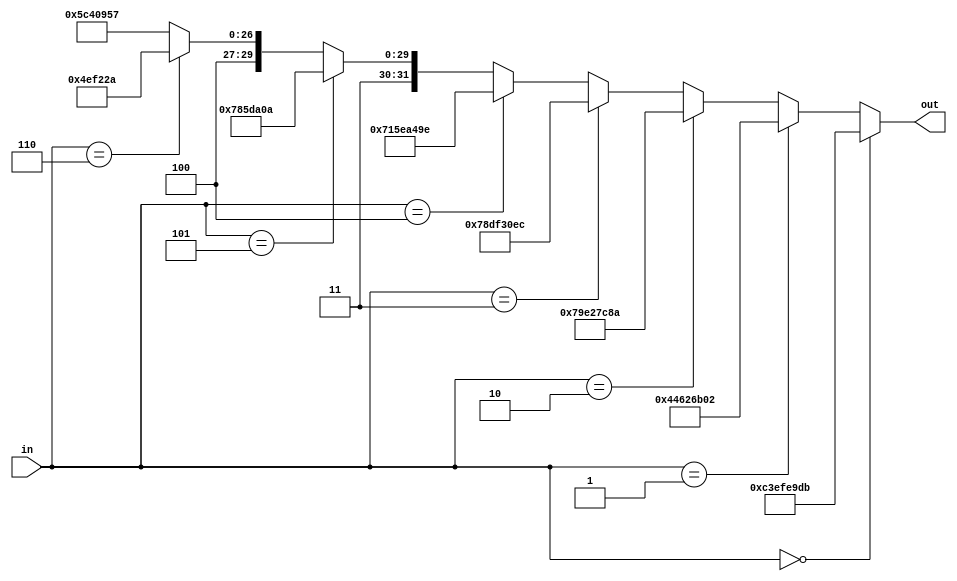
module paramas(
	output wire [31: 0] out,
	input  wire [ 3: 0] in
);

	/*
	 * This module has been created to store parameters 
	 * in a clock-free ROM-like manor that is for-loop-
	 * -friendly.
	 * 
	 * It takes a 4 bit input and prdouces a 32-bit output 
	 * based on it.
	 */

	assign out = (in == 0) ? 32'hc3efe9db : (in == 1) ? 32'h44626b02: 
					 (in == 2) ? 32'h79e27c8a : (in == 3) ? 32'h78df30ec: 
					 (in == 4) ? 32'h715ea49e : (in == 5) ? 32'hc785da0a: 
					 (in == 6) ? 32'he04ef22a :             32'he5c40957; 
				 
endmodule